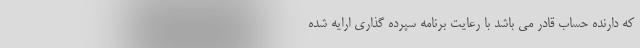
که دارنده حساب قادر می باشد با رعایت برنامه سپرده گذاری ارایه شده